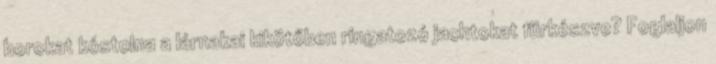
borokat kóstolna a lárnakai kikötőben ringatozó jachtokat fürkészve? Foglaljon